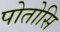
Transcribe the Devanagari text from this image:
पोतोसि